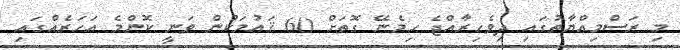
މި ރަސްމިއްޔާތުގައި ދިވެހިރާއްޖެ ހިމެނޭ ގޮތަށް 60 ޤައުމަކުން ވަނީ ކޮންމެ އަހަރެއްގައި